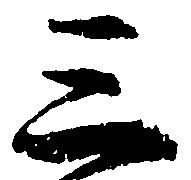
三